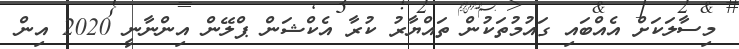
މިސާލަކަށް އެއްބައި ގައުމުތަކުން ތައްޔާރު ކުރާ އެކްޝަން ޕްލޭން އިންނާނީ 2020 އިން